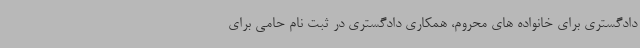
دادگستری برای خانواده های محروم، همکاری دادگستری در ثبت نام حامی برای